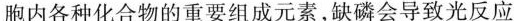
胞内各种化合物的重要组成元素，缺磷会导致光反应